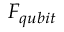
F _ { q u b i t }